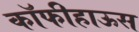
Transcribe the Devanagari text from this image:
कॉफीहाऊस